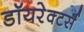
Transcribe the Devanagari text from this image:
डॉयरेक्टर्स